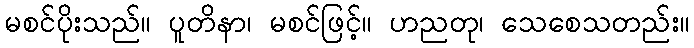
မစင်ပိုးသည်။ ပူတိနာ၊ မစင်ဖြင့်။ ဟညတု၊ သေစေသတည်း။